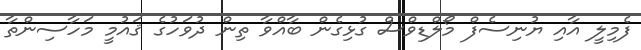
ފެމިލީ އާއި ޔުނިސެފް މޯލްޑިވްސް ގުޅިގެން ބާއްވާ ތިން ދުވަހުގެ ޤައުމީ މަހާސިންތާ